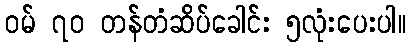
ဝမ် ၇၀ တန်တံဆိပ်ခေါင်း ၅လုံးပေးပါ။